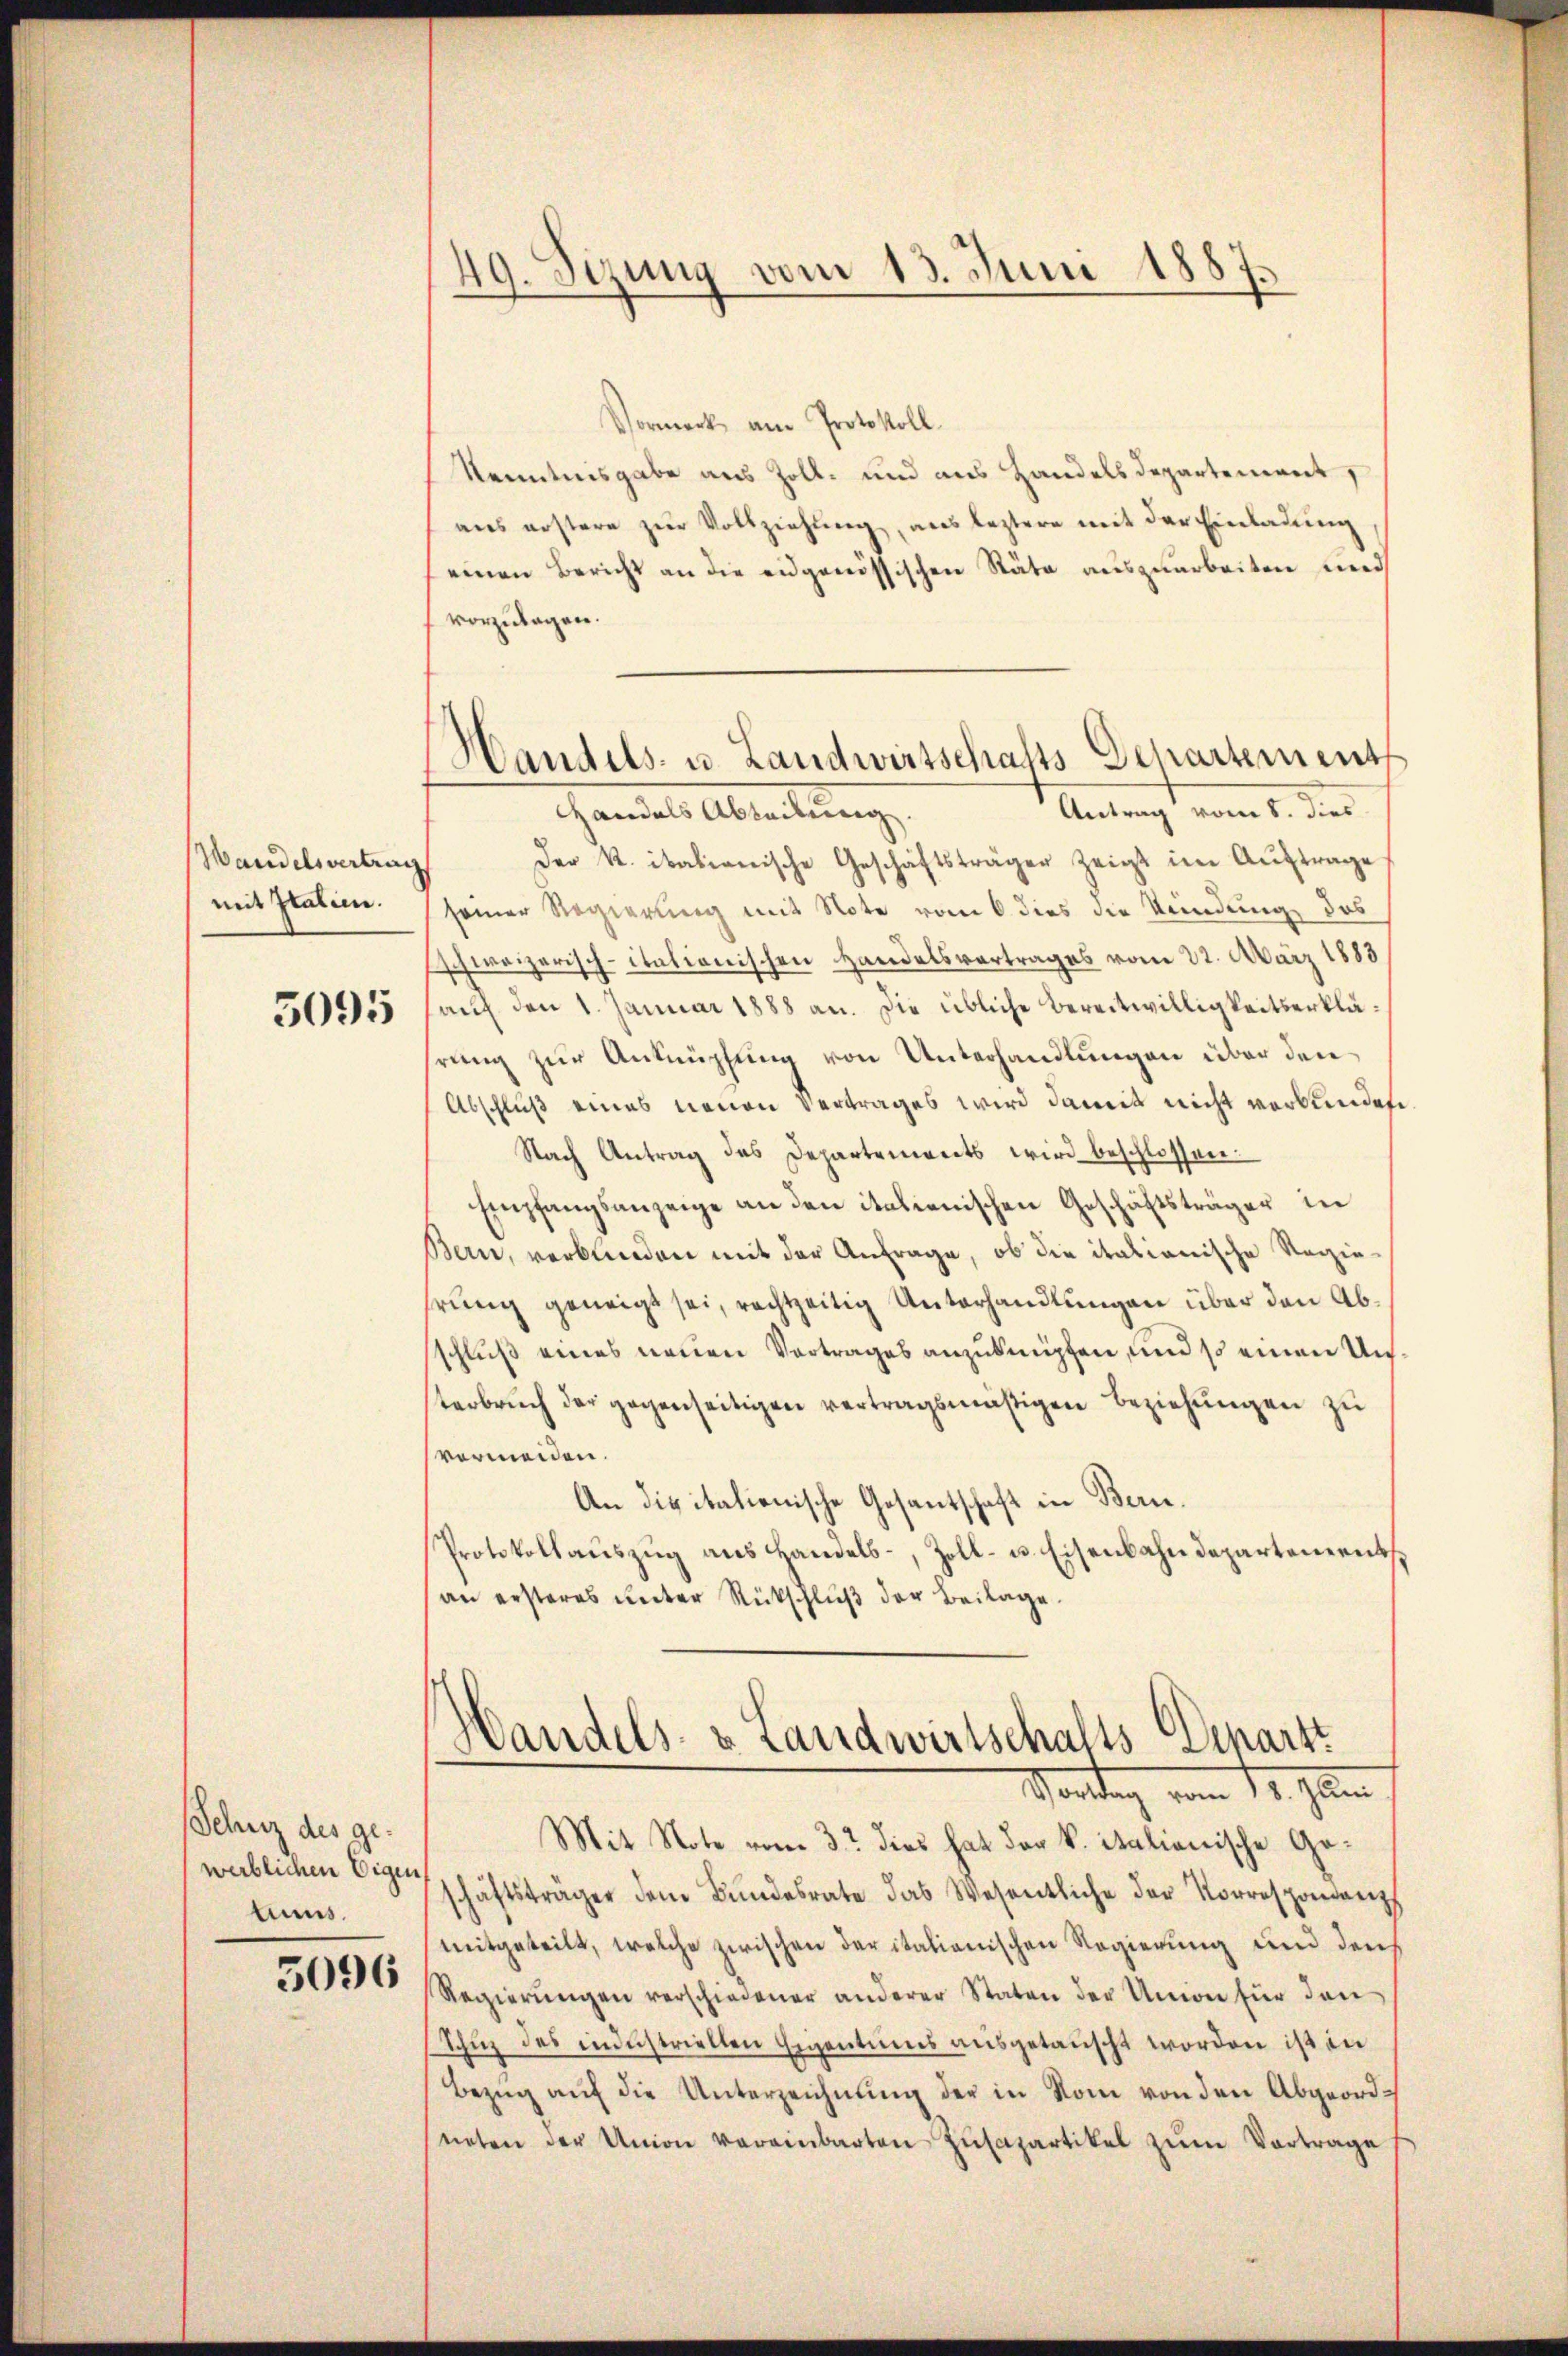
Wandelsvertrags
mit Italien.

5095

Schutz des geweiblichen Eigen
tums.
5096

49. Sizung vom 13. Juni 1887.

Handels- u. Landwirtschafts-Departements

Vormerk am Protokoll.
Kenntnisgabe aus Zoll- und aus Handelsdepartement
aus erstere zŭr Vollziehung, aus leztere mit der Einladung
einen Bericht an die eidgenössischen Stäte auszuarbeiten und
vorzulagen.
Antrag vom 8. dies
Handel Abteilung,
Der K. italienische Geschäftsträger zeigt im Auftrage
seiner Regierung mit Note vom 6. dies die Keindung das
schweizerisch-itationischen Handelsvertrages vom 21. März 1883
auf den 1. Januar 1888 an. Die übliche Bereitwilligkeitserklärung zur Anknüpfung von Unterhandlungen über den
Abschluß eines neuen Vertrages wird damit nicht verbunden
Nach Antrag des Departements wird beschlossen:
Empfangsanzeige an den italienischen Geschäftsträger in
Bern, verbunden mit der Anfrage, ob die italianische Regie-
hrung geneigt sei, rechtzeitig Unterhandlungen über den Absschluß eines neuen Vortrages anzuknüpfen, und so einen Unterbrŭch der gegenseitigen vertragsmäßigen Beziehungen zu
vermeiden.
An die italienische Gesantschaft in Bern.
Protokollaŭszŭg ans Handels-, Zoll- u. Eisenbahndepartements
an ersteres unter Rückschluß der Beilage.

Handels- & Landwirtschalts Departt
Scandung vom 14. Jun

Mit Note vom 3. dies hat der k. italionische Geschäftsträger dem Bundesrate das Wesentliche der Korrespondenz
mitgeteilt, welche zwischen der italienischen Regierung und den
Regierŭngen verschiedener anderer Staten der Union für den
Thuz des industriellen Eigentums ausgetauscht worden ist in
Bezŭg aŭf die Unterzeichnŭng der in Rom von den Abgeordneten der Union vereinbarten Zŭsapartikel zŭm Vortrage